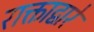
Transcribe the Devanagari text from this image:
राक्ताद्वारे